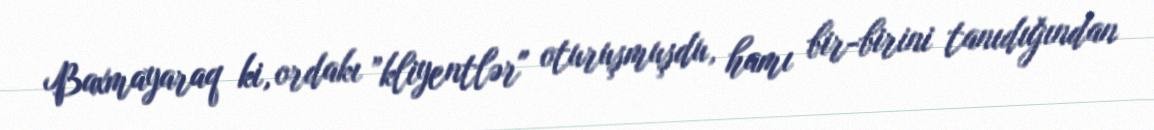
Baxmayaraq ki, ordakı ”kliyentlər" oturuşmuşdu, hamı bir-birini tanıdığından